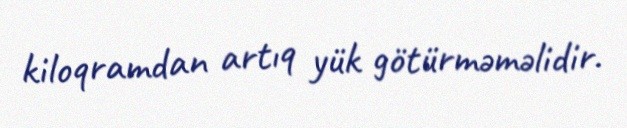
kiloqramdan artıq yük götürməməlidir.